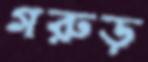
গরুড়